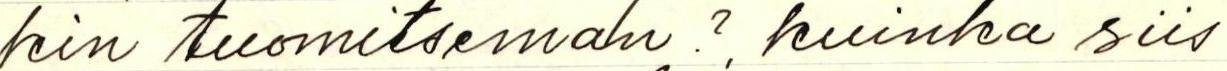
kin tuomitseman? kuinka siis